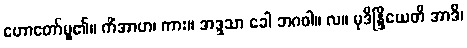
ဟောတော်မူ၏။ ကိံအာဟ၊ ကား။ အဒ္ဒသာ ခေါ ဘဂဝါ။ လ။ မုဒိန္ဒြိယေတိ အာဒိ၊